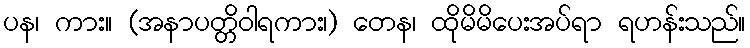
ပန၊ ကား။ (အနာပတ္တိဝါရကား၊) တေန၊ ထိုမိမိပေးအပ်ရာ ရဟန်းသည်။